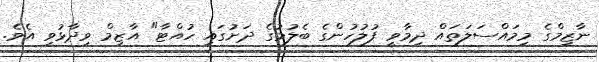
ނާޒިމްގެ މިމައްސަލަތައް ދިމާވީ ފުލުހުންގެ ބެލުމުގެ ދަށުގައި ހުއްޓާ" އާޒިމް ވިދާޅުވި އެވެ.